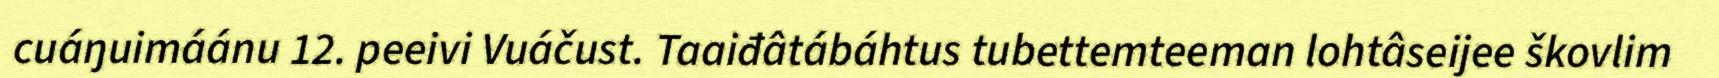
cuáŋuimáánu 12. peeivi Vuáčust. Taaiđâtábáhtus tubettemteeman lohtâseijee škovlim